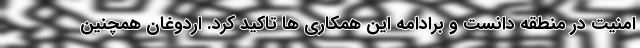
امنیت در منطقه دانست و برادامه این همکاری ها تاکید کرد. اردوغان همچنین